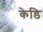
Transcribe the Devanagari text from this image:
केडि